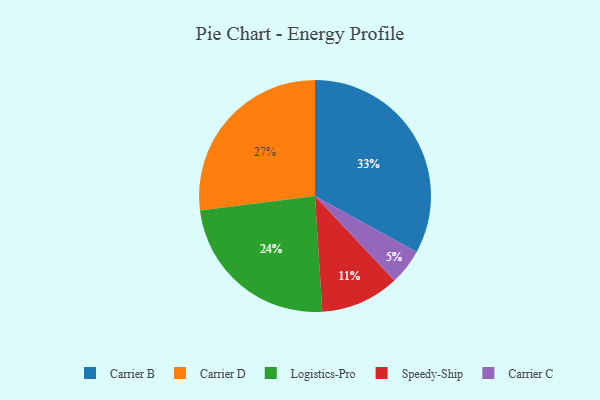
{"axis": {"x": "Category", "y": "Percentage"}, "legend": ["Carrier B", "Carrier C", "Carrier D", "Logistics-Pro", "Speedy-Ship"], "data": [{"x": "Speedy-Ship", "y": 11, "type": "Speedy-Ship"}, {"x": "Carrier D", "y": 27, "type": "Carrier D"}, {"x": "Logistics-Pro", "y": 24, "type": "Logistics-Pro"}, {"x": "Carrier B", "y": 33, "type": "Carrier B"}, {"x": "Carrier C", "y": 5, "type": "Carrier C"}]}